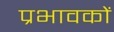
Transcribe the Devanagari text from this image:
प्रभावकों